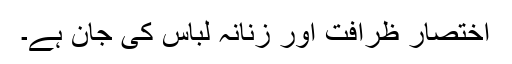
اختصار ظرافت اور زنانہ لباس کی جان ہے۔